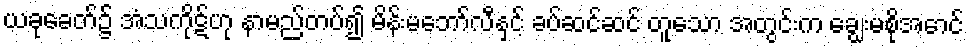
ယခုခေတ်၌ အံသကိုဋ်ဟု နာမည်တပ်၍ မိန်းမဘော်လီနှင့် ခပ်ဆင်ဆင် တူသော အတွင်းက ချွေးမစိုအောင်